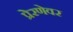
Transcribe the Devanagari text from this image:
प्रेरणेवर